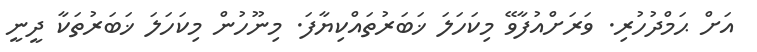
އަށް ޙަމްދުހުރި. ވަރަށްއުފާވޭ މިކަހަލަ ޚަބަރުތައްކިޔާފަ. މިނޫހުން މިކަހަލަ ޚަބަރުތަކާ ދީނީ